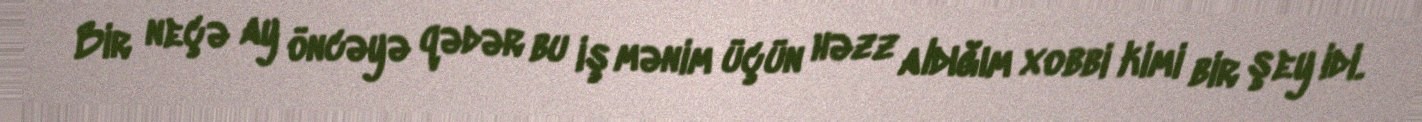
Bir neçə ay öncəyə qədər bu iş mənim üçün həzz aldığım xobbi kimi bir şey idi.